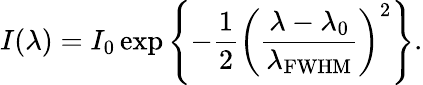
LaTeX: I(\lambda)=I_{0}\exp{\left\{ -\frac{1}{2}\left(\frac{\lambda-\lambda_{0}}{\lambda_{\mathrm{FWHM}}}\right)^{2}\right\} }.